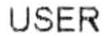
USER